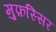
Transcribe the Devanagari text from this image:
मुफ़स्सिर